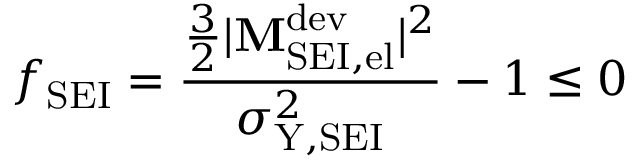
f _ { \mathrm { S E I } } = \frac { \frac { 3 } { 2 } | \mathbf { M } _ { \mathrm { S E I , e l } } ^ { \mathrm { d e v } } | ^ { 2 } } { \sigma _ { \mathrm { Y , S E I } } ^ { 2 } } - 1 \leq 0